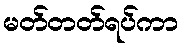
မတ်တတ်ရပ်ကာ